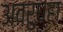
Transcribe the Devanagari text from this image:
अवरुध्हा